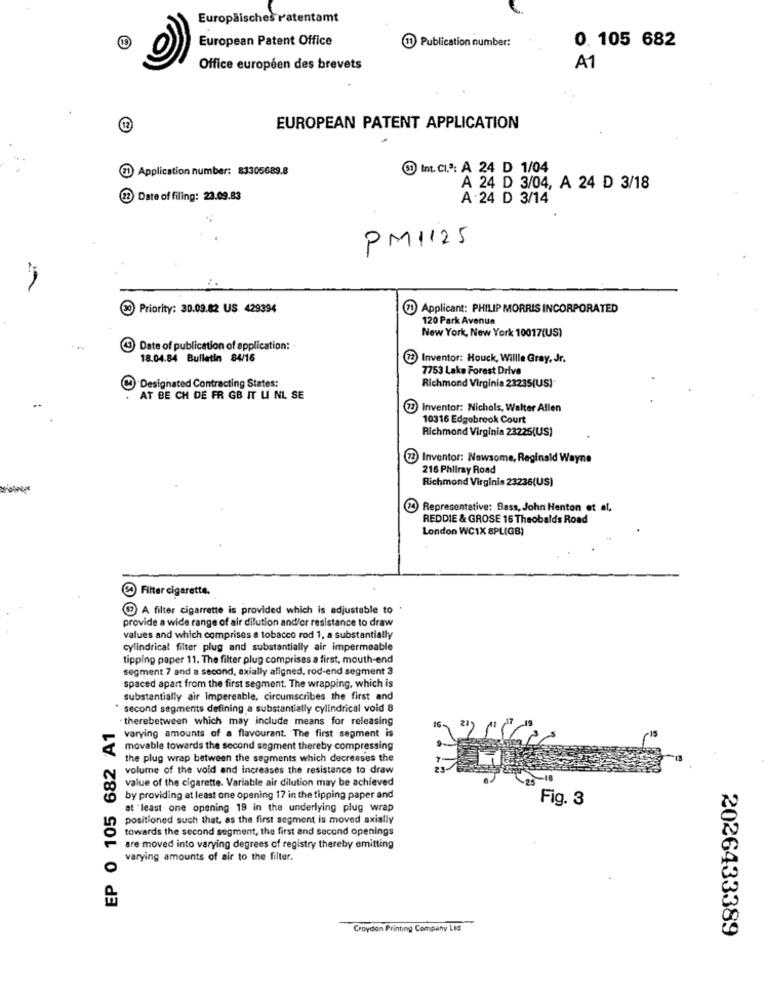
Europäisches ratentamt
19
European Patent Office
11 Publication number:
0. 105 682
Office européen des brevets
A1
12
EUROPEAN PATENT APPLICATION
71 Application number: 83305689.8
® Int. CI.ª: A 24 D 1/04
A 24 D 3/04, A 24 D 3/18
12 Date of filing: 23.09.83
A .24 D 3/14
PM1125
60 Priority: 30.09.82 US 429394
7 Applicant: PHILIP MORRIS INCORPORATED
120 Park Avenue
New York, New York 10017(US)
(3 Date of publication of application:
18.04.84 Bulletin 84/16
3) Inventor: Houck, Willle Gray, Jr.
7753 Lake Forest Drive
Designated Contracting States:
Richmond Virginia 23235(US)
AT BE CH DE FR GB IT U NL SE
Inventor: Nichols, Walter Allen
10316 Edgebrook Court
Richmond Virginia 23225(US)
Inventor: Nowsome, Reginald Wayne
216 Philray Road
Richmond Virginia 23236(US)
74) Representative: Bass, John Henton et al,
REDDIE & GROSE 16 Theobalds Road
London WC1X 8PL(GB)
Filter cigarette.
A filter cigarrette is provided which is adjustable to '
provide a wide range of air dilution and/or resistance to draw
values and which comprises a tobacco rod 1, a substantially
cylindrical filter plug and substantially air impermeable
tipping paper 11. The filter plug comprises a first, mouth-end
segment 7 and a second, axially aligned, rod-end segment 3
spaced apart from the first segment. The wrapping, which is
substantially air Impereable, circumscribes the first and
second segments defining a substantially cylindrical void 8
EP 0 105 682 A1
therebetween which may include means for releasing
varying amounts of a flavourant. The first segment is
movable towards the second segment thereby compressing
the plug wrap between the segments which decreases the
volume of the void and increases the resistance to draw
value of the cigarette. Variable air dilution may be achieved
by providing at least one opening 17 in the tipping paper and
Fig. 3
at least one opening 19 in the underlying plug wrap
positioned such that, as the first segment is moved axially
towards the second segment, the first and second openings
are moved into varying degrees of registry thereby emitting
varying amounts of air to the filter.
Croydon Printing Company Ltd
2026433389